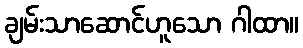
ချမ်းသာဆောင်ဟူသော ဂါထာ။